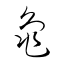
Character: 龜